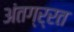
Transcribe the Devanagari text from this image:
अंतग्र्रत